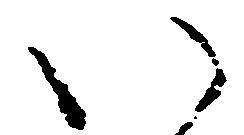
い